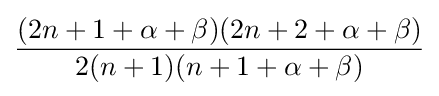
{\frac {(2n+1+\alpha +\beta )(2n+2+\alpha +\beta )}{2(n+1)(n+1+\alpha +\beta )}}